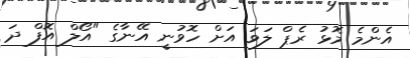
އެންމެ މޮޅު ރެޕް ލަވަ އަށް ހޮވުނީ އޭނާގެ "އޯލް އޮފް ދަ